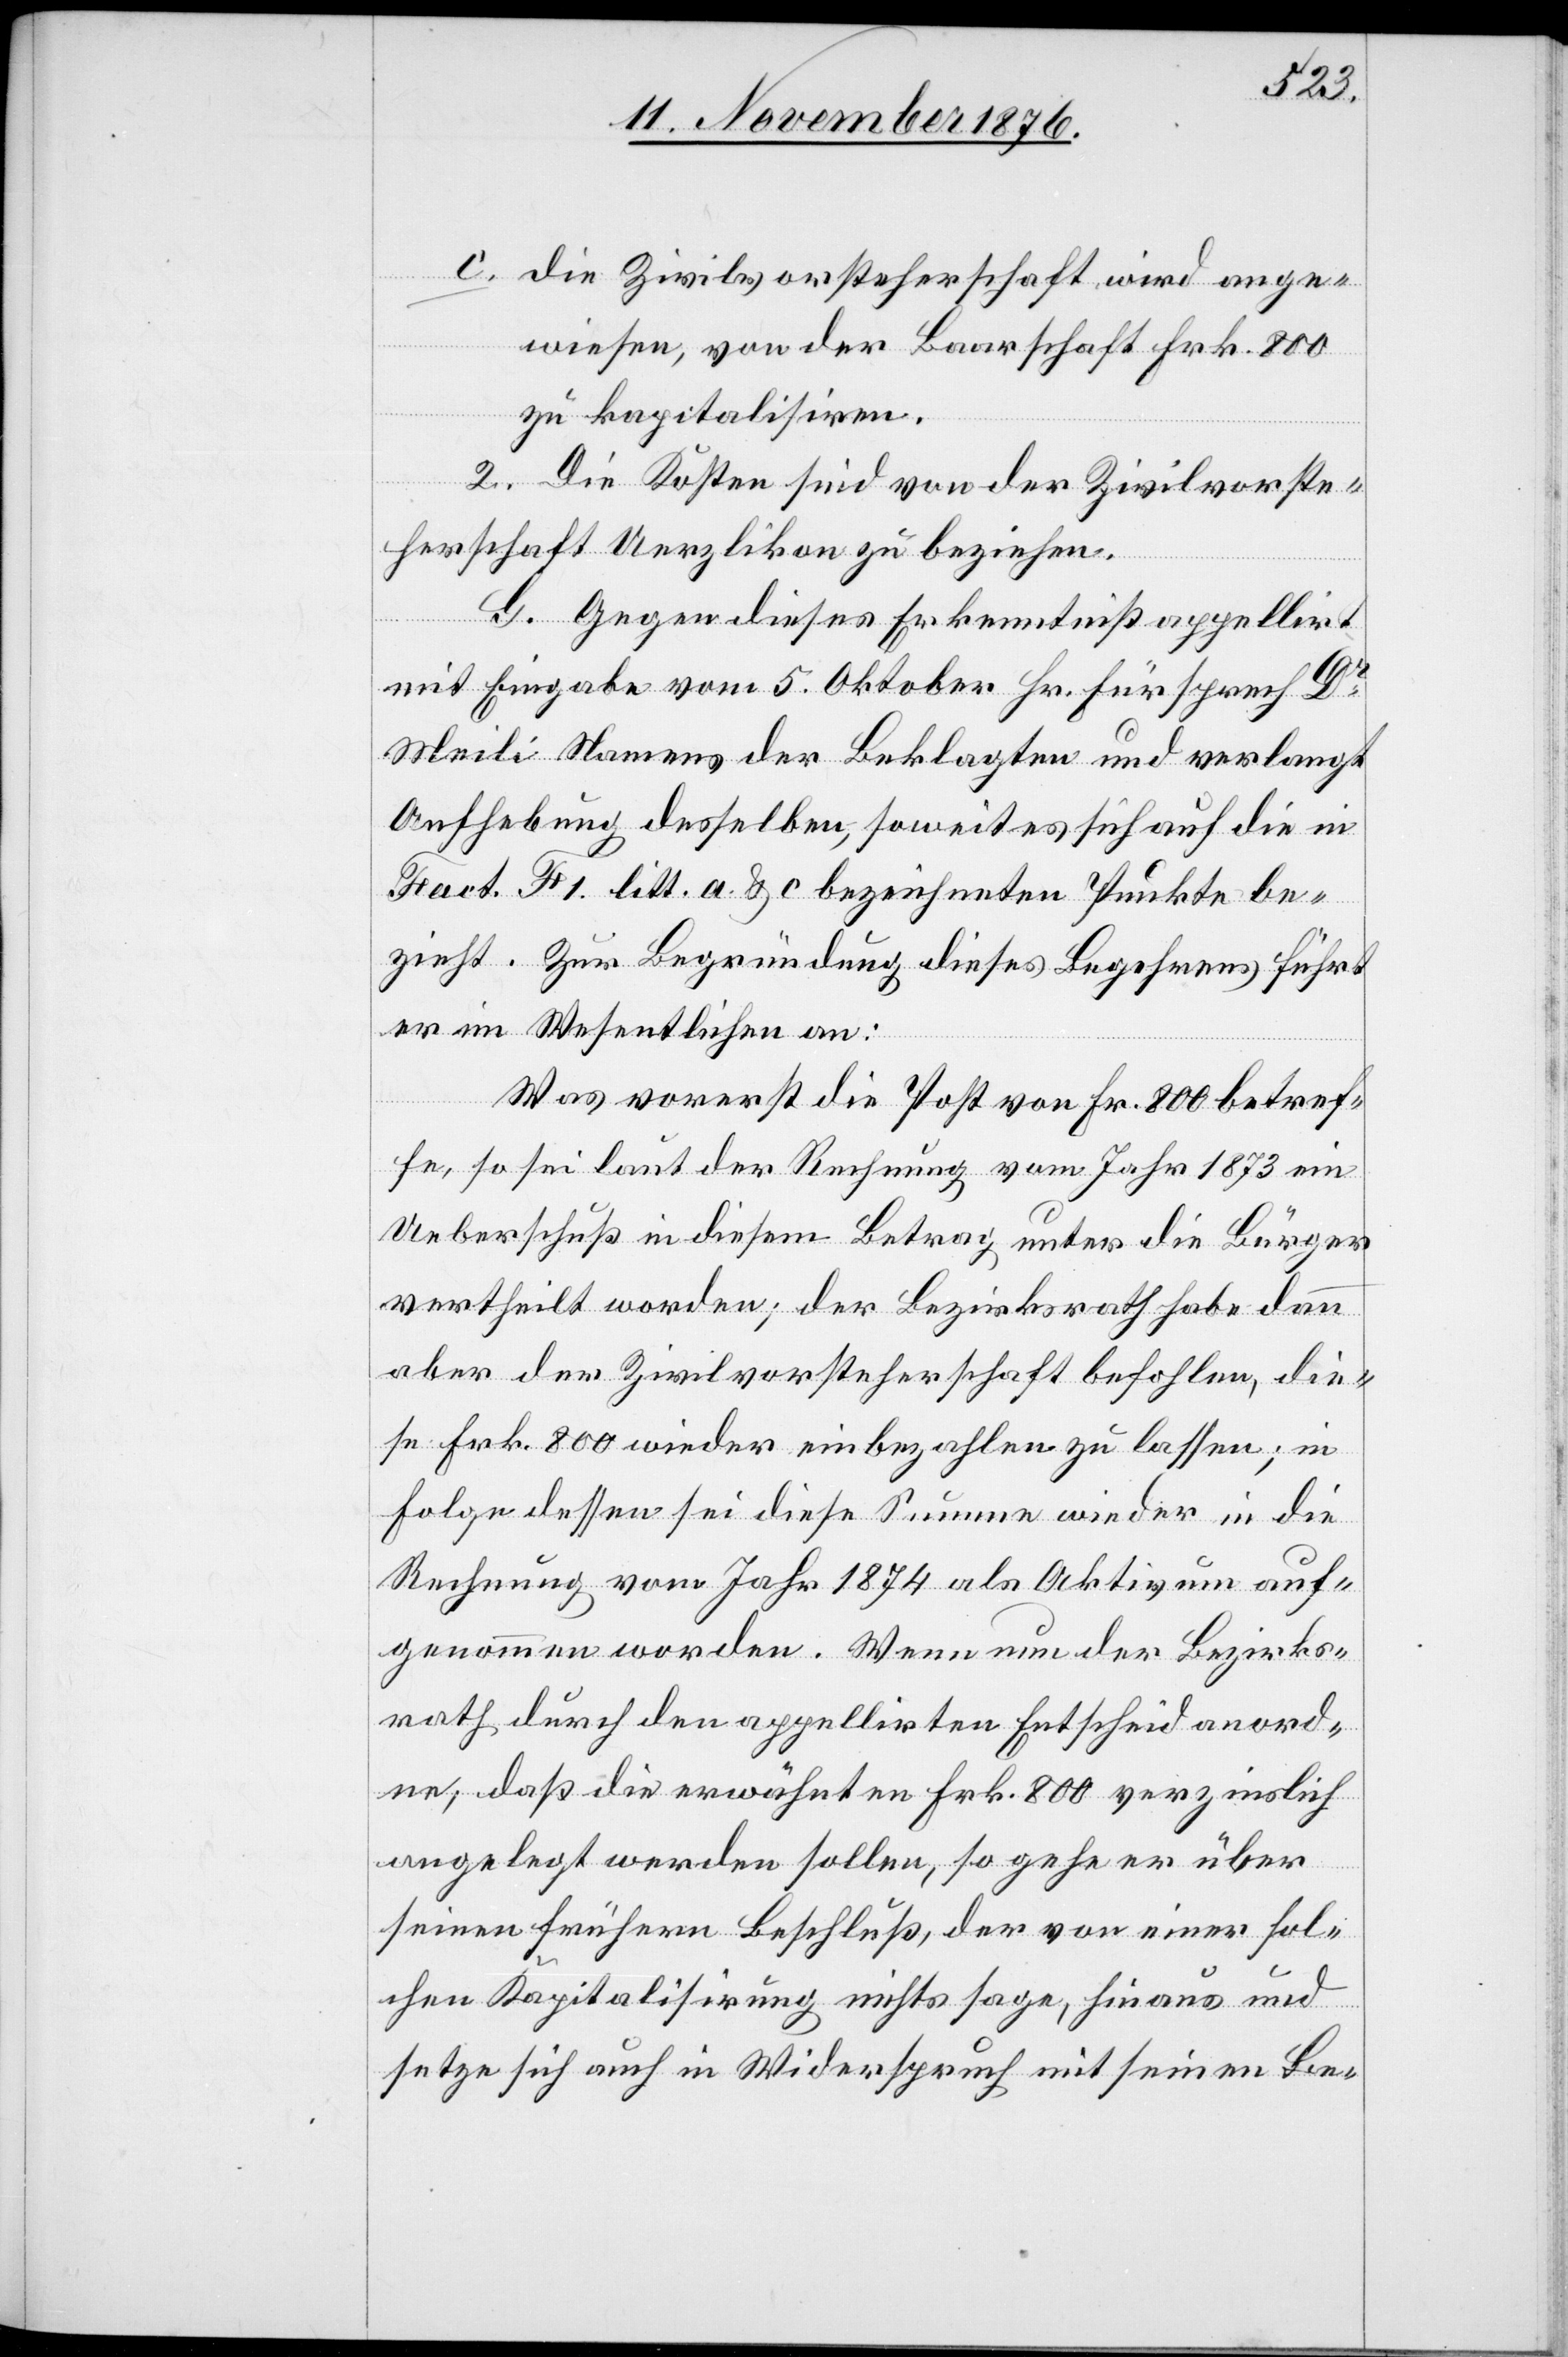
c. die Zivilvorsteherschaft wird ange¬
wiesen, von der Baarschaft Frk. 800
zu kapitalisiren.
2. Die Kosten sind von der Zivilvorste¬
herschaft Uerzlikon zu beziehen.
G. Gegen dieses Erkenntniß appellirt
mit Eingabe vom 5. Oktober Hr. Fürsprech Dr
Meili Namens der Beklagten und verlangt
Aufhebung desselben, soweit es sich auf die in
Fact. F 1. litt. a. & c. bezeichneten Punkte be¬
zieht. Zur Begründung dieses Begehrens führt
er im Wesentlichen an:
Was vorerst die Post von Fr. 800 betref¬
fe, so sei laut der Rechnung vom Jahr 1873 ein
Ueberschuß in diesem Betrag unter die Bürger
vertheilt worden; der Bezirksrath habe dann
aber der Zivilvorsteherschaft befohlen, die¬
se Frk. 800 wieder einbezahlen zu lassen; in
Folge dessen sei diese Summe wieder in die
Rechnung vom Jahr 1874 als Aktivum auf¬
genommen worden. Wenn nun der Bezirks¬
rath durch den appellirten Entscheid anord¬
ne, daß die erwähnten Frk. 800 verzinslich
angelegt werden sollen, so gehe er über
seinen frühern Beschluß, der von einer sol¬
chen Kapitalisirung nichts sage, hinaus und
setze sich auch in Widerspruch mit seinen Be-